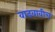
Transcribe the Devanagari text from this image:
वाढवावीच